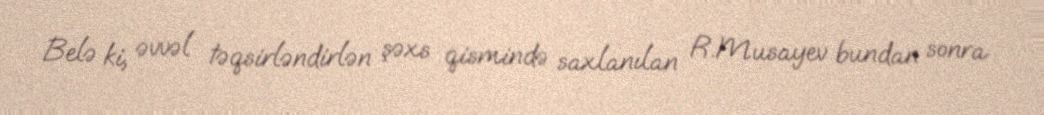
Belə ki, əvvəl təqsirləndirlən şəxs qismində saxlanılan R.Musayev bundan sonra